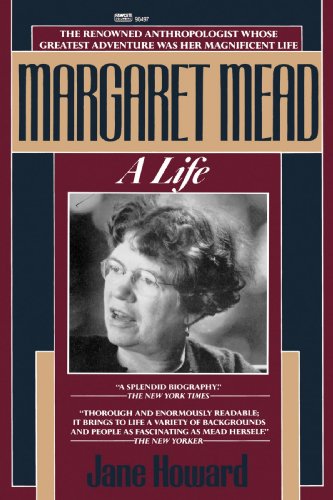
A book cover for Margaret Mead: A Life; Jane Howard; Biographies & Memoirs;